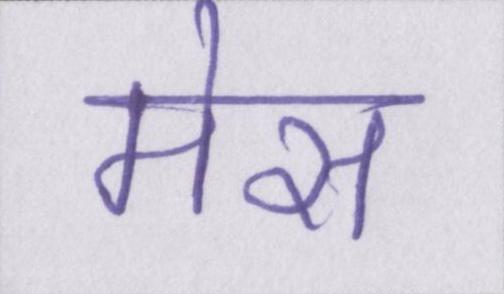
मेस